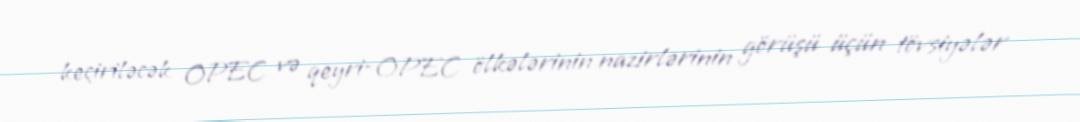
keçiriləcək OPEC və qeyri-OPEC ölkələrinin nazirlərinin görüşü üçün tövsiyələr